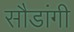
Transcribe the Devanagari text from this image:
सौडांगी